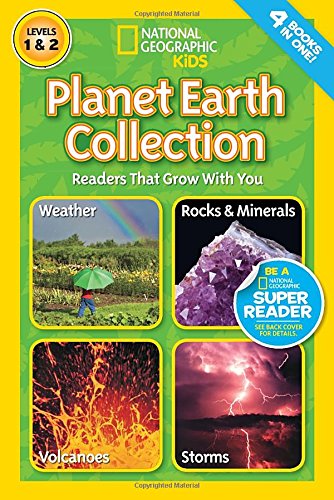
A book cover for National Geographic Readers: Planet Earth Collection: Readers That Grow With You; National Geographic Kids; Children's Books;